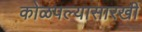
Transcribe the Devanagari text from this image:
कोळपल्यासारखी